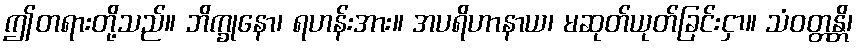
ဤတရားတို့သည်။ ဘိက္ခုနော၊ ရဟန်းအား။ အပရိဟာနာယ၊ မဆုတ်ယုတ်ခြင်းငှာ။ သံဝတ္တန္တိ၊